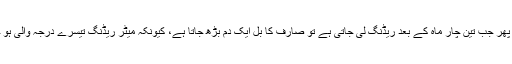
ہر ماہ خرچ کی نسبت دس پندرہ یونٹ کم ہو جاتے ہیں ، پھر جب تین چار ماہ کے بعد ریڈنگ لی جاتی ہے تو صارف کا بل ایک دم بڑھ جاتا ہے، کیونکہ میٹر ریڈنگ تیسرے درجہ والی ہو جاتی ہے، جس کے نرخ زیادہ ہیں، یوں بل بڑ ھ جاتاہے۔